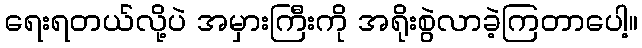
ရေးရတယ်လို့ပဲ အမှားကြီးကို အရိုးစွဲလာခဲ့ကြတာပေါ့။